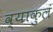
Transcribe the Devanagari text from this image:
व्याकुलं